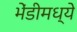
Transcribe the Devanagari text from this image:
भेंडीमध्ये